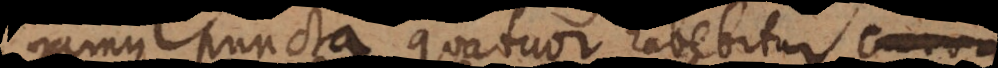
gamus puncta quatuor, habebitur curv